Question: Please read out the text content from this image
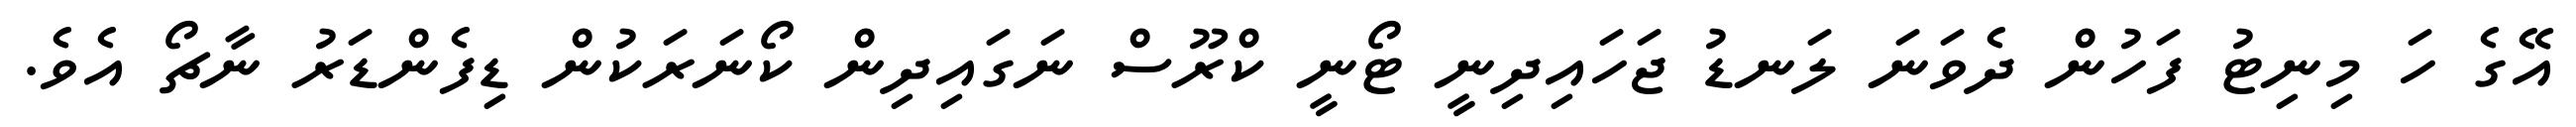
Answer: އޭގެ ހަ މިނިޓު ފަހުން ދެވަނަ ލަނޑު ޖަހައިދިނީ ޓޯނީ ކްރޫސް ނަގައިދިން ކޯނަރަކުން ޑިފެންޑަރު ނާޗޯ އެވެ.